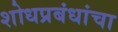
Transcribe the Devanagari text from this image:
शोधप्रबंधांचा